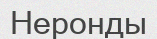
Неронды